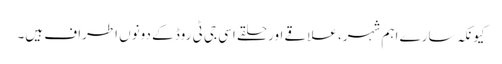
کیونکہ سارے اہم شہر، علاقے اور حلقے اسی جی ٹی روڈ کے دونوں اطراف ہیں۔